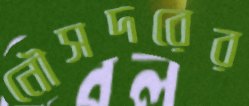
নৌসদরের